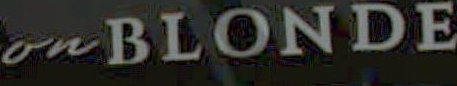
omBLONDE